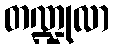
တဏ္ဍုလာ